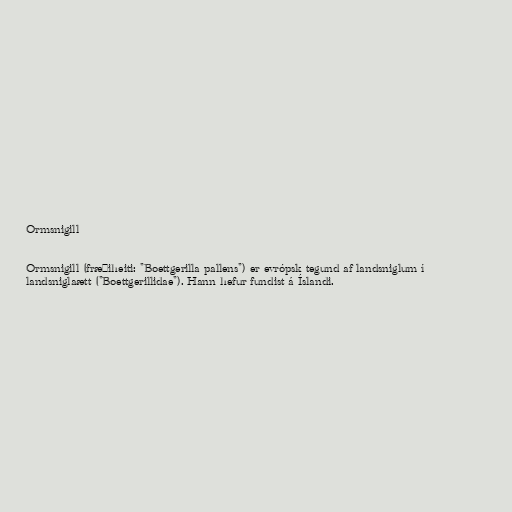
Ormsnigill

Ormsnigill (fræðiheiti: "Boettgerilla pallens") er evrópsk tegund af landsniglum í
landsniglaætt ("Boettgerillidae"). Hann hefur fundist á Íslandi.